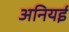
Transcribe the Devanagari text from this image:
अनियई